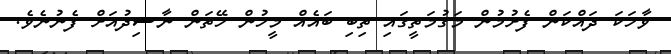
ވާހަކަ ދައްކަން ފެށުމުން މަގުމަތީގައި ތިބި ބައެއް މީހުން ހޭތަން ނާޝިދުއަށް ފެނުނެވެ.